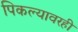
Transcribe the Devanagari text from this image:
पिकल्यावरही